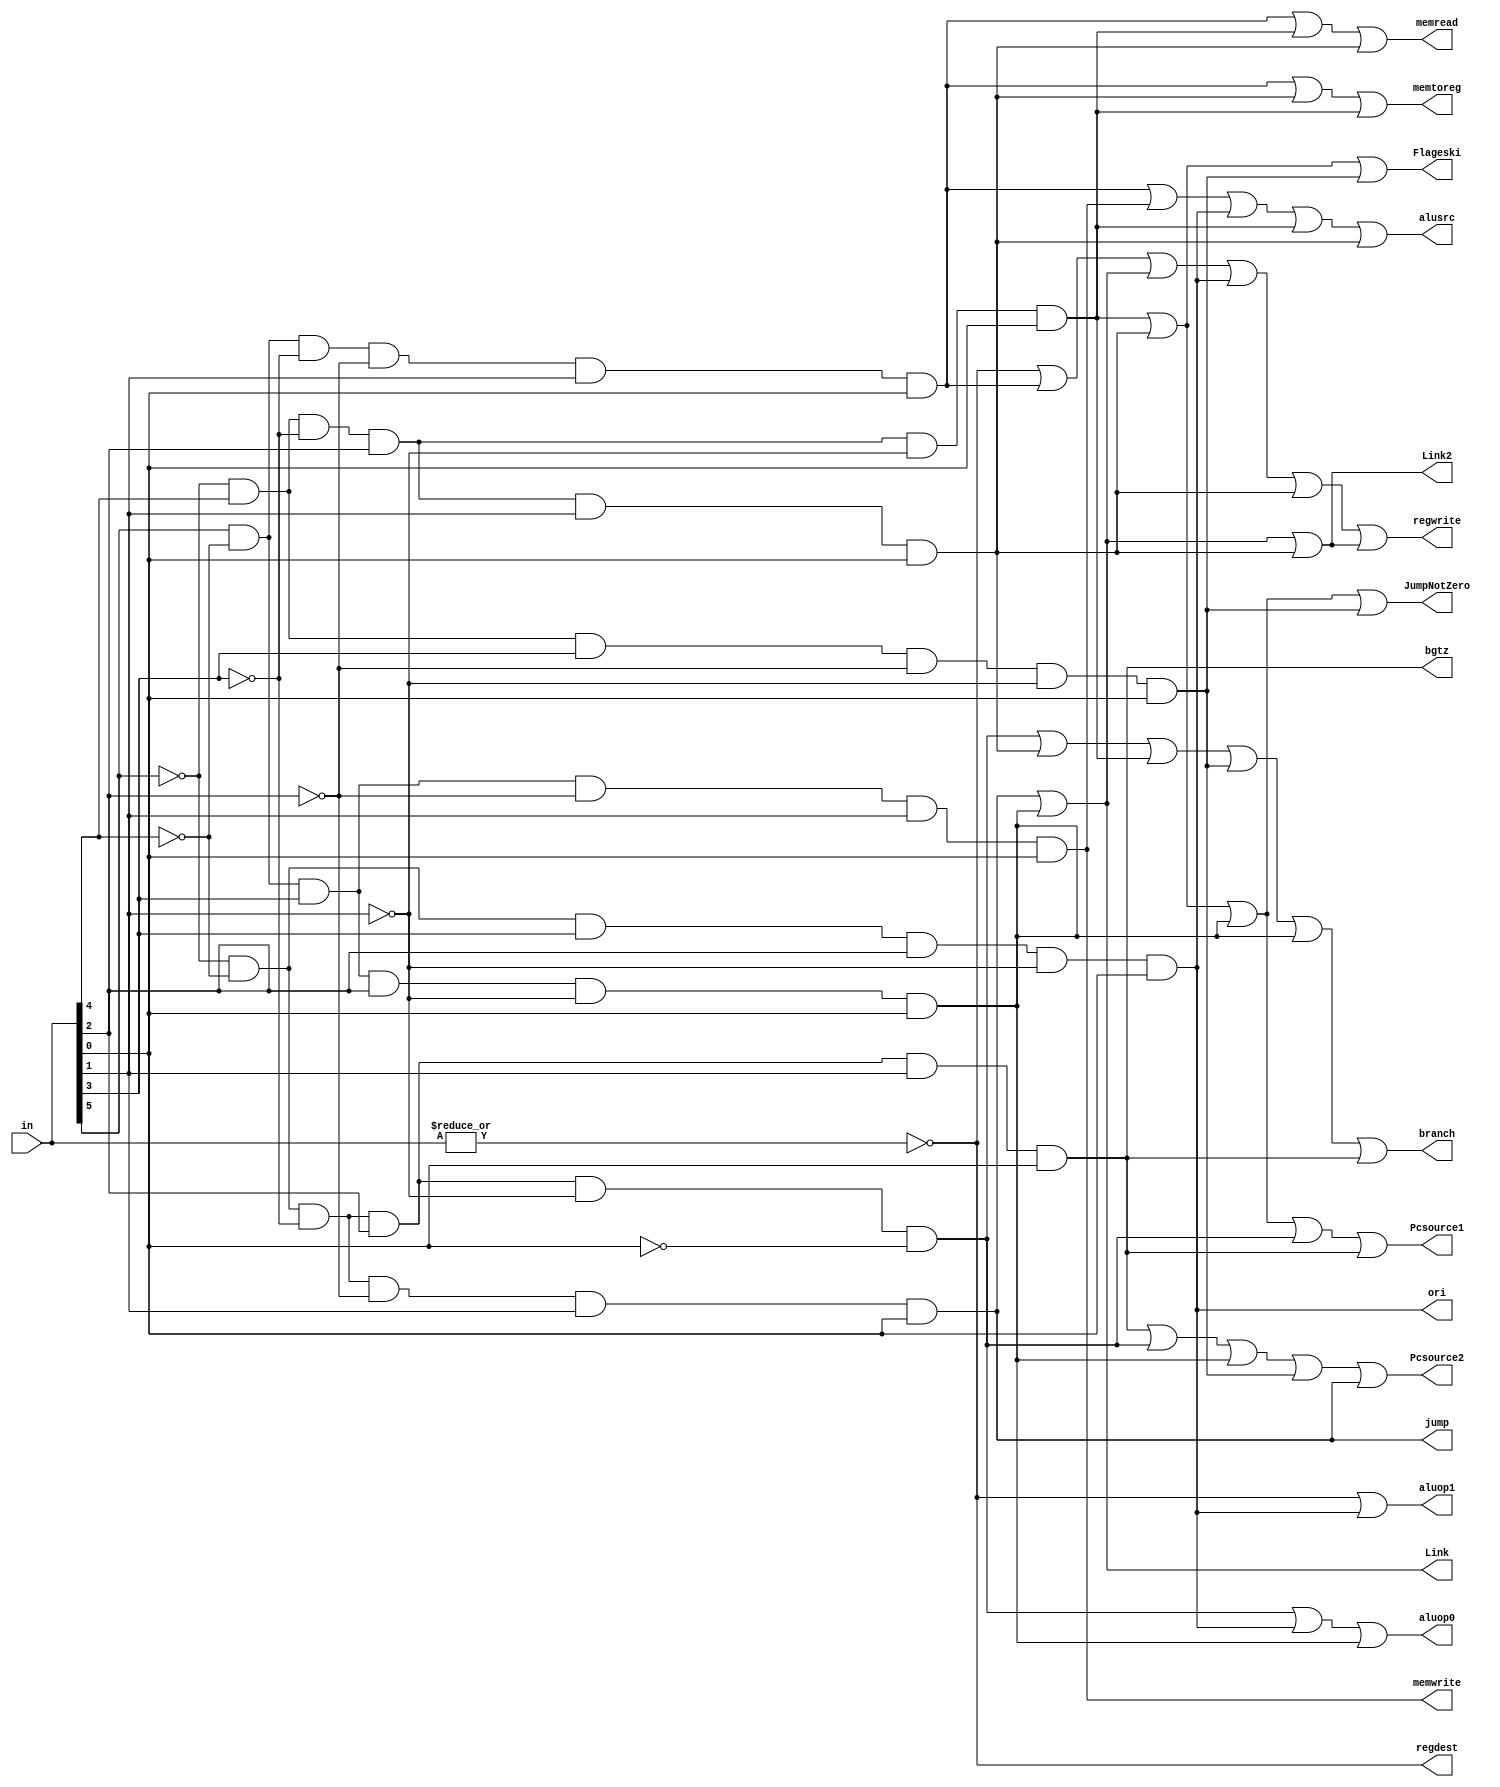
module control(in,regdest,alusrc,memtoreg,regwrite,memread,memwrite,branch,aluop0,aluop1,Pcsource1,Pcsource2,JumpNotZero,Flageski,bgtz,Link,ori,jump,Link2);
input [5:0] in;
output regdest,alusrc,memtoreg,regwrite,memread,memwrite,branch,aluop1,aluop0,Pcsource1,Pcsource2,JumpNotZero,Flageski,bgtz,Link,ori ,jump ,Link2;
wire rformat,lw,sw,beq,bmn,balmn,bn,bneal,jal,ori ;
assign rformat=~|in;
assign lw=in[5]& (~in[4])&(~in[3])&(~in[2])&in[1]&in[0];
assign sw=in[5]& (~in[4])&in[3]&(~in[2])&in[1]&in[0];
assign beq=~in[5]& (~in[4])&(~in[3])&in[2]&(~in[1])&(~in[0]);

		///////////////////// ******************************** new additional instruction  ***********************************/////////////////
assign bmn=(~in[5])&(in[4])&~in[3]&(in[2])&(~in[1])&in[0]; // bmn 21 010101   I-type
assign balmn=(~in[5])&(in[4])&~in[3]&(in[2])&(in[1])&in[0]; // balmn 23 010111
assign bn=(~in[5])&(in[4])&in[3]&(~in[2])&(~in[1])&in[0]; // bn 25 011001
assign bneal=(in[5])&(~in[4])&in[3]&(in[2])&(~in[1])&in[0]; // bneal 45 101101  I-type
assign bgtz=(~in[5])&(~in[4])&~in[3]&(in[2])&(in[1])&in[0]; // bgtz 7 000111
assign jal=(~in[5])&(~in[4])&~in[3]&(~in[2])&(in[1])&in[0]; // jal 3 000011
assign ori=(~in[5])&(~in[4])&in[3]&(in[2])&(~in[1])&in[0]; // ori 13 001101

		///////////////////// ******************************** control unit signals ***********************************/////////////////

assign regdest=rformat;// When I see rformat opcode , please let me pass   
assign alusrc=lw|sw|ori | bmn | balmn; //  When I  see these opcode send signals 
assign memtoreg=lw |balmn|bmn;// read from memeory When I  see these opcode send signals 
assign regwrite=rformat|lw|Link|ori|balmn |Link2;//  write on register file When I  see these opcode send signals 
assign memread=lw|bmn|balmn ; // hen I  see these opcode send signals read from the memory necessary data 
assign memwrite=sw; // hen I  see these opcode send signals , write something to the memory
assign branch=beq|balmn|bmn|bn|bneal|bgtz; // When I  see these opcode send signals to make the branch
assign aluop1=rformat|ori;// using opcode to make the necessary operation 
assign aluop0=beq|ori|bneal; // When I  see these opcode send signals to make subtraction when its true

		///////////////////// ******************************** additional control unit signals ***********************************/////////////////

assign jump=jal; // when I  see these opcode send jump signal
assign Pcsource1 = bmn|balmn|bneal|beq|bgtz;
assign Pcsource2 =bgtz|beq|bneal|bn|jal;
assign JumpNotZero=bmn|balmn|bneal|bn; // not oldugunda flag yanacak rnek bne
assign Flageski=balmn|bmn|bn; //lable olmadgnda kullanrm nk yeni bi registerim yok
assign Link=jal|bneal;
assign Link2=jal|bneal|balmn;


endmodule